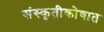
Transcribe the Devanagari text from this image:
संस्कृतीकोषात